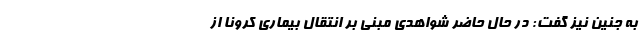
به جنین نیز گفت: در حال حاضر شواهدی مبنی بر انتقال بیماری کرونا از